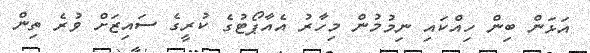
އަޅަން ބިން ހިއްކައި ނިމުމުން މިހާރު އެއާޕޯޓުގެ ކުރީގެ ސައިޒަށް ވުރެ ތިން